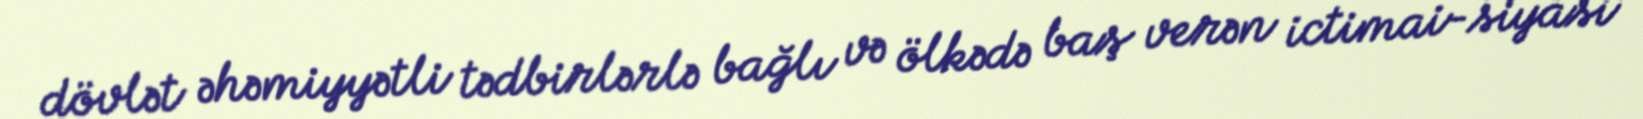
dövlət əhəmiyyətli tədbirlərlə bağlı və ölkədə baş verən ictimai-siyasi